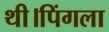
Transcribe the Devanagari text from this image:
थी।पिंगला